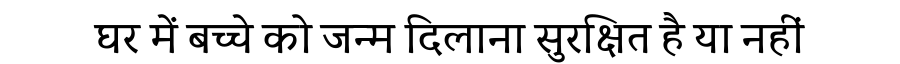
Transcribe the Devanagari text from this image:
घर में बच्चे को जन्म दिलाना सुरक्षित है या नहीं